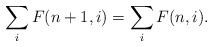
\begin{align*}\sum_iF(n+1,i)=\sum_iF(n,i).\end{align*}